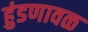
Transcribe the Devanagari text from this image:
हुंडणावळ